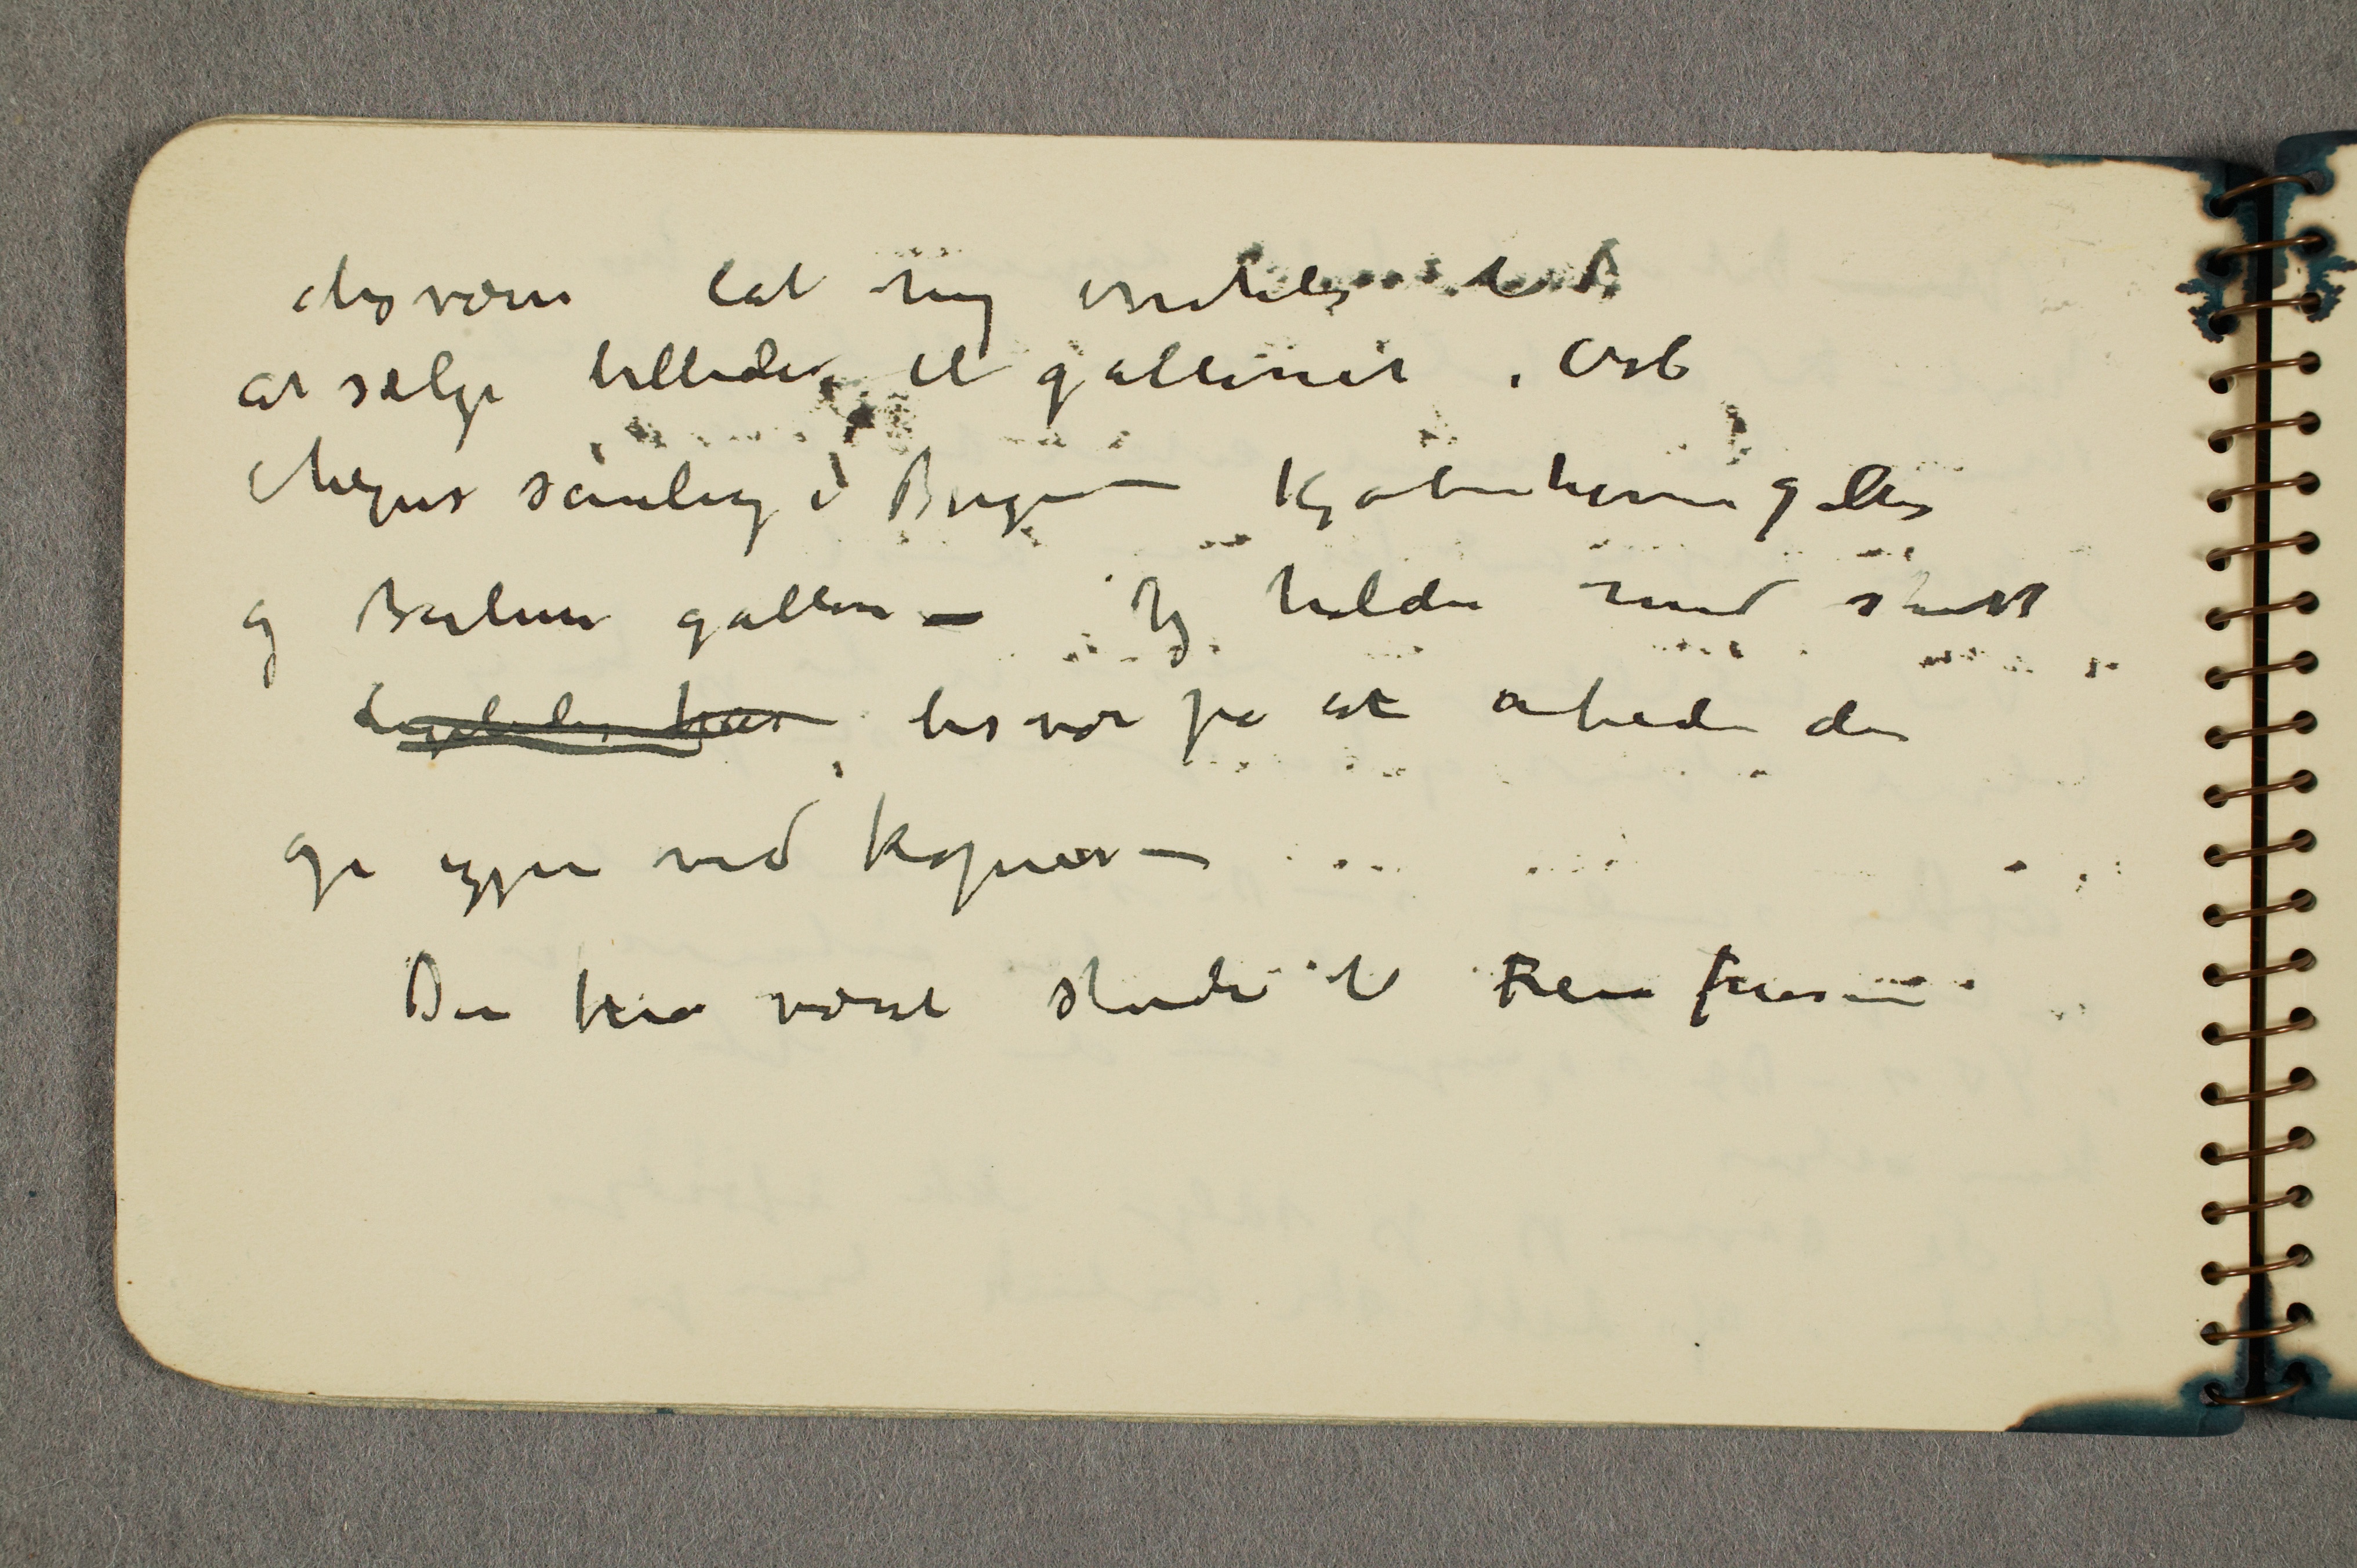
desvære lat mig overtale til
at sælge billeder til galleriet i Oslo
Meyers samling i Bergen – Kjøbenhavn galleri
og Berlin galleri – Jeg holder med ...
Ligeledes har besvær på at arbeide den
op igjen ved kopierne –
Der har været studier til Freia friesen